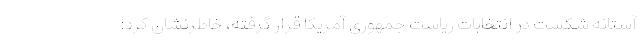
آستانه شکست در انتخابات ریاست جمهوری آمریکا قرار گرفته، خاطرنشان کرد: